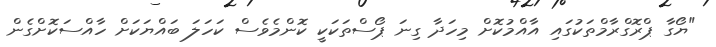
"ޔޯގާ ޕްރޮގްރާމްތަކުގައި އާއްމުކޮށް މިހަދާ ގިނަ ޕޯސްތަކަކީ ކޮންމެވެސް ކަހަލަ ބައްޔަކަށް ހާއްސަކޮށްގެން